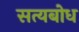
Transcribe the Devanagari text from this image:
सत्यबोध